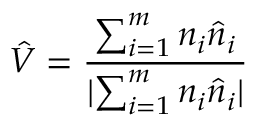
\hat { V } = \frac { \sum _ { i = 1 } ^ { m } n _ { i } \hat { n } _ { i } } { \lvert \sum _ { i = 1 } ^ { m } n _ { i } \hat { n } _ { i } \rvert }